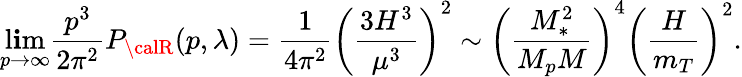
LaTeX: \operatorname*{l\mathbf{i}m}_{p\to\infty}\frac{{p^{3}}}{{2\pi^{2}}}P_{{\calR}}(p,\lambda)=\frac{{1}}{{4\pi^{2}}}\left(\frac{{3H^{3}}}{{\mu^{3}}}\right)^{2}\sim\left(\frac{{M_{\ast}^{2}}}{{M_{p}M}}\right)^{4}\left(\frac{{H}}{{m_{T}}}\right)^{2}.